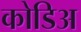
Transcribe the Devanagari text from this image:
कोडिअ